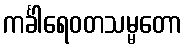
ကင်္ခါရေဝတသမ္မတော